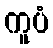
ကူပံ